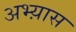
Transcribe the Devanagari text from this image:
अभ्य़ास